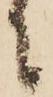
に